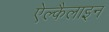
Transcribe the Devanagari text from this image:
ऐल्कैलाइन